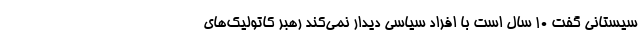
سیستانی گفت ۱۰ سال است با افراد سیاسی دیدار نمی‌کند رهبر کاتولیک‌های